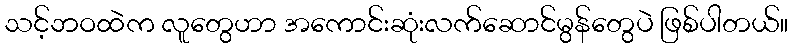
သင့်ဘဝထဲက လူတွေဟာ အကောင်းဆုံးလက်ဆောင်မွန်တွေပဲ ဖြစ်ပါတယ်။